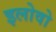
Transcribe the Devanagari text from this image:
इलोवो